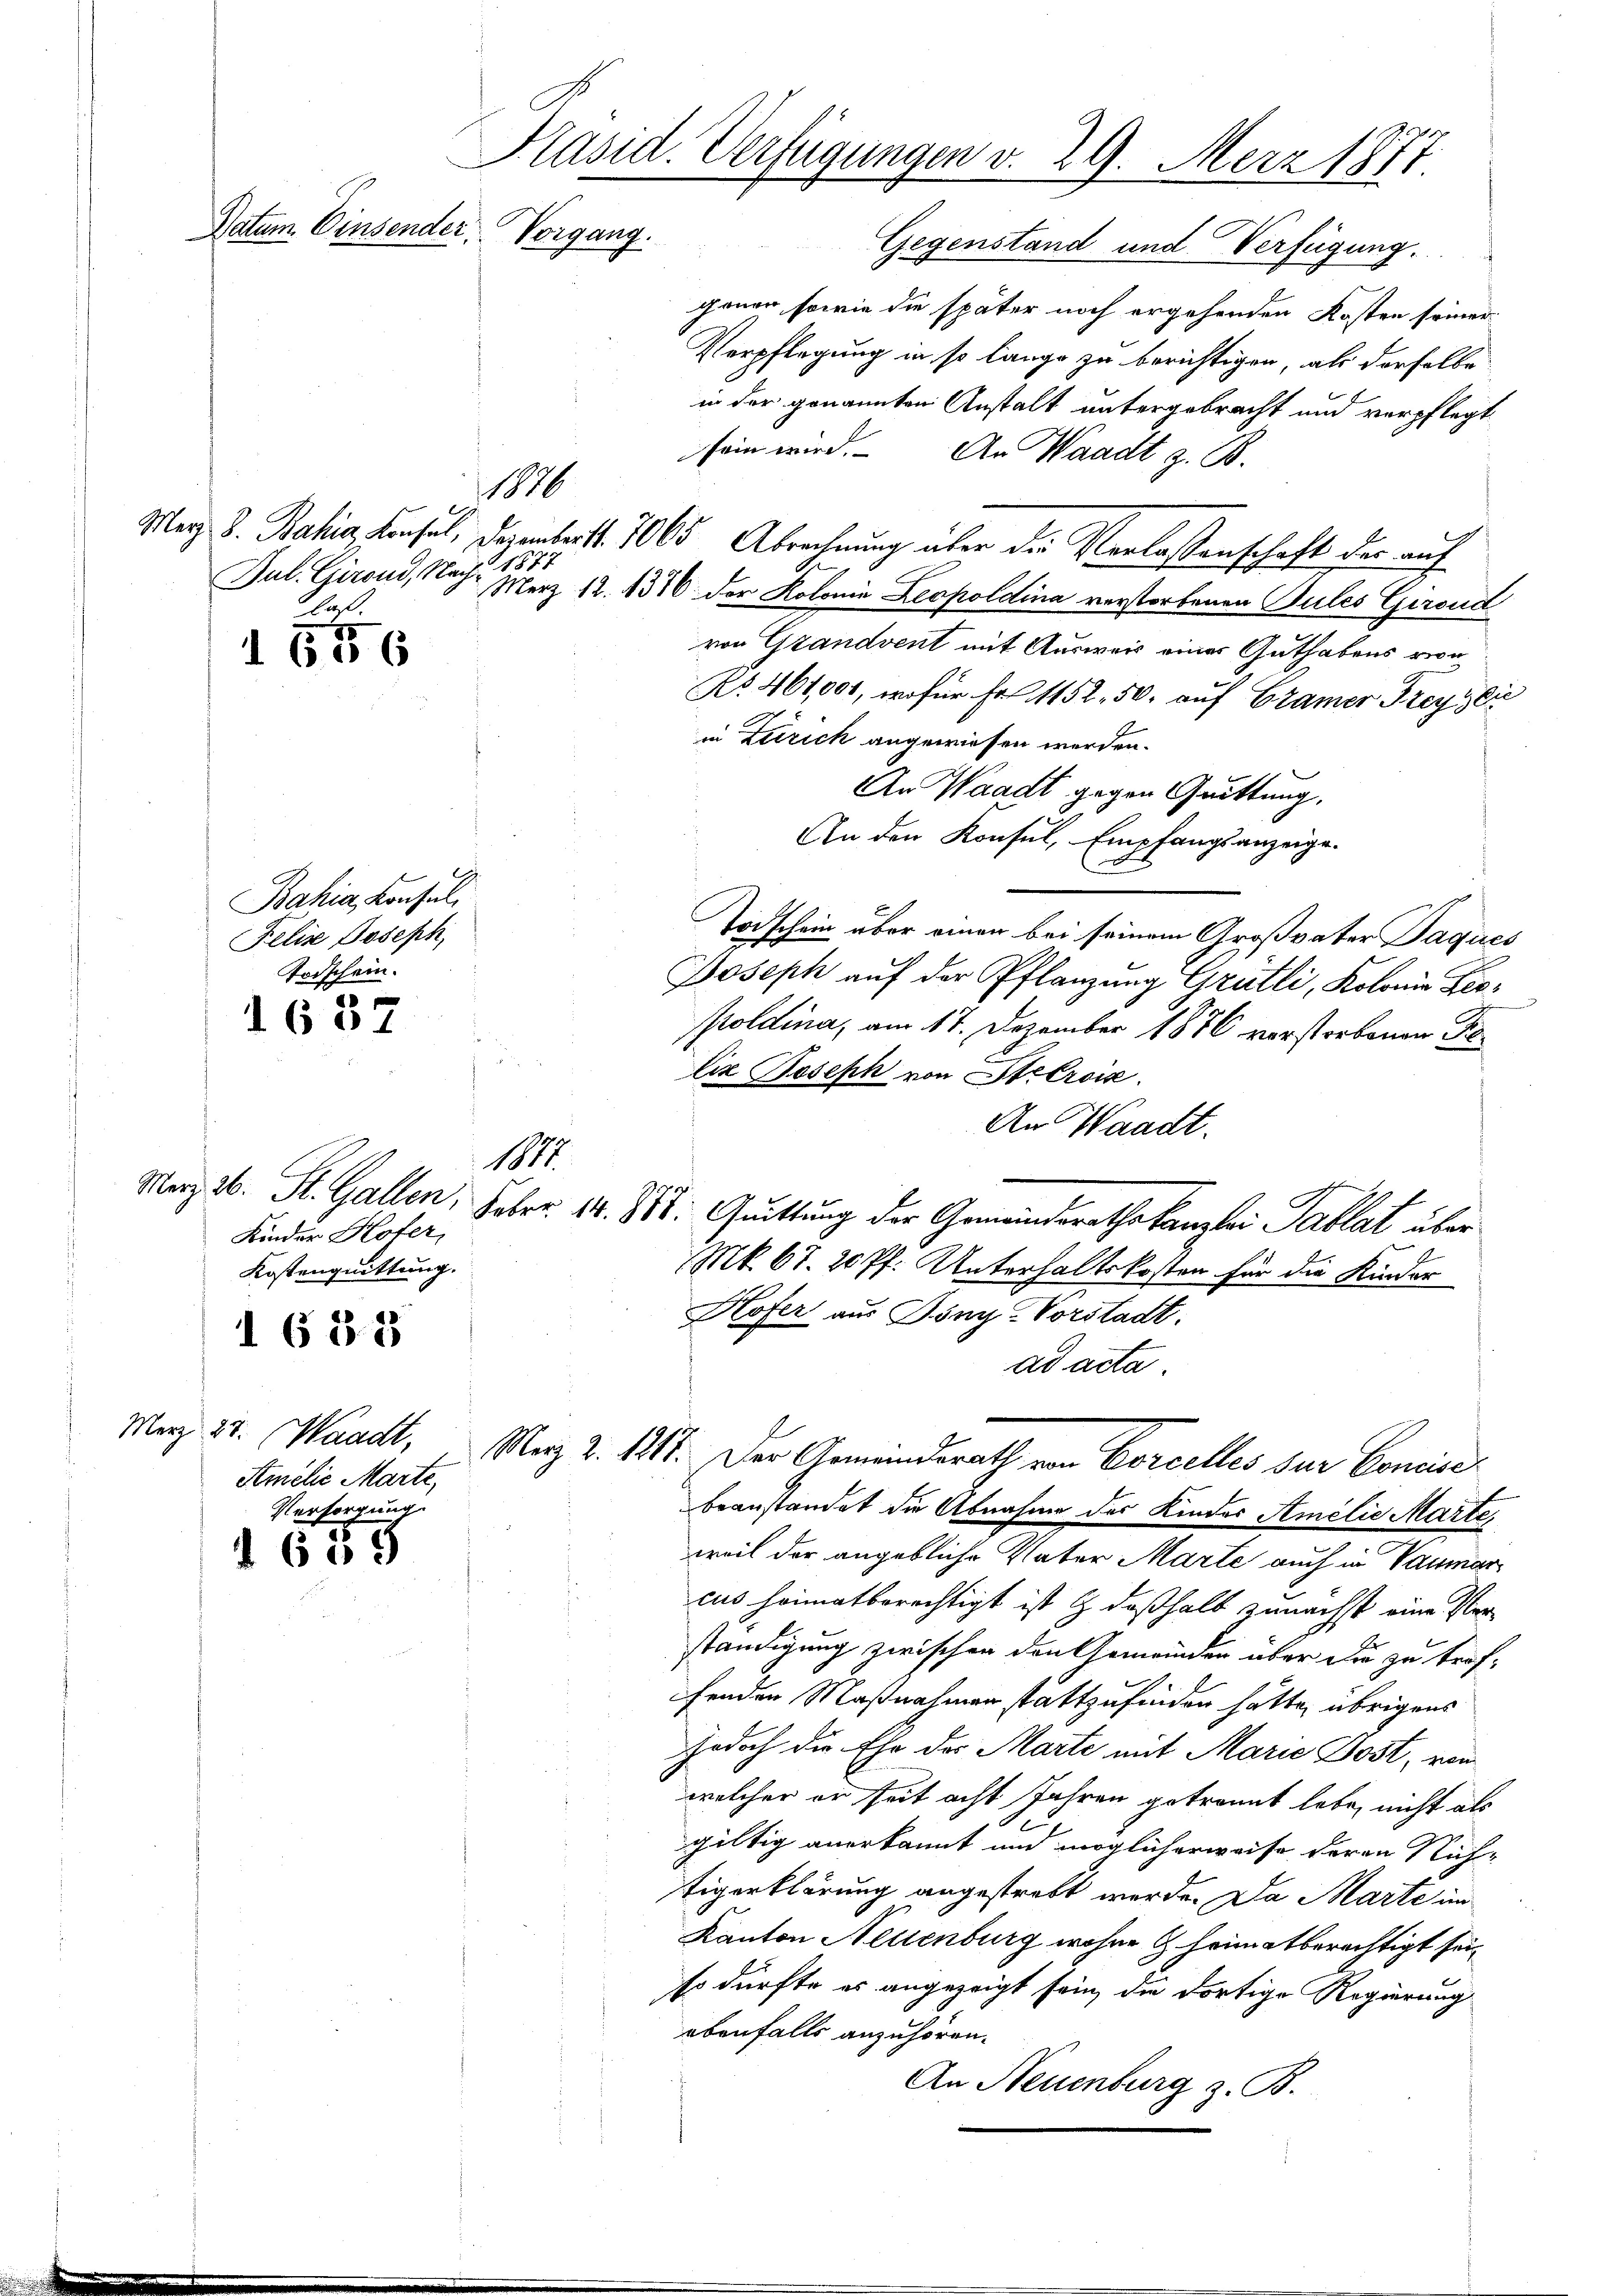
Präsid. Verfügungen v. 29. Merz 1877.
Datum. Einsender, Vorgang.
Gegenstand und Verfügung.
ponen, sowie die später noch ergehenden Kosten seiner

1556

Bahia, Konsul
Felix Joseph,
Todschein.

1657

I 6 § 15

Merz, 23. Waadt,
Amilie Marte,
Versorgung.

659

Verpflegung in so lange zu berichtigen, als derselbe
in der genannten Anstalt untergebracht und verpflegt
sein wird. An Waadt z. B.
Mag. 8. Bahia, Krusel, Dezembert. 7065 Abrechnung über die Verlassenschaft der auf
Jul. Gironi, Nach Merz 12. 1316. der Kolonia Leopoldina verstorbenen Sules Girend
von Grandvent mit Ausweis einer Guthabens von
No. 461,001, wofür Fr. 1152. 50. auf Cramer Freylic
in Zürich angewiesen werden.
An Waadt gegen Quittung,
An den Konsul, Empfangsanzeige.
Todschein über einen bei seinem Großvater Paques
Joseph auf der Pflanzung Grütli, Kolonia Leo¬
Poldina, am 17. Dezember 1876 verstorbenen Filiz Joseph von Steéroik.
An Waadt.
Maz 26. St. Gallen. Febr. 14. 388. Quittung der Gemeinderathskanzlei Tablat über
Mk. 67. 20 Pf. Unterhaltskosten für die Kinder
Hofer aus Pöng-Vorstadt.
ad acta.
Re 2. 111. Der Gemeindsrath von Borcelles zur Concili
beanstandet die Abnahme des Kinder Amilie Marte,
weil der angebliche Vater Marte auch in Vaumar
cus heimatberechtigt ist & deßhalb zunächst eine Ver-
ständigung zwischen den Gemeinder über die zu treffenden Maßnahmen stattzufinden hätte, übrigens
jedoch die Ehe der Marte mit Marie Post, vom
welcher er seit acht Jahren getrannt habe, nicht als
gültig anerkannt und möglicherweise deren Nüchtigerklärung angestrebt werde. Da Marte im
Kanton Nettenburg wohne heimatberechtigt seiso dürfte es angezeigt sein, die dortige Regierung
ebenfalls anzuhören.
An Neuenburg z. B.

1870

1877
laß.

Kinder Hofer,
Kostenquittung.

1877.